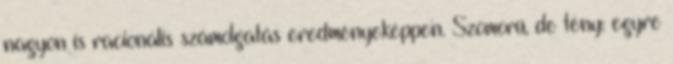
nagyon is racionális számolgatás eredményeképpen. Szomorú, de tény: egyre